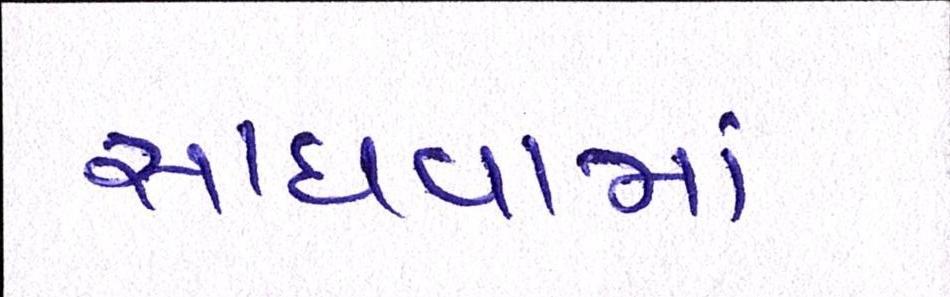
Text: સાધવામાં